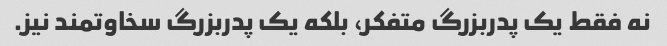
نه فقط یک پدربزرگ متفکر، بلکه یک پدربزرگ سخاوتمند نیز.